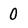
Character: 0